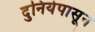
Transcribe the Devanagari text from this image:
दुनियेपासून